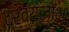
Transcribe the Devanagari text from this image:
द्रव्यलोभ